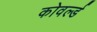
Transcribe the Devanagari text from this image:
कोवर्ल्ड